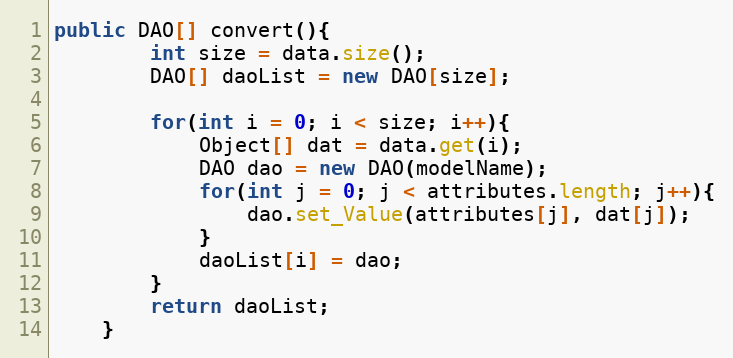
Language: Java
public DAO[] convert(){
		int size = data.size();
		DAO[] daoList = new DAO[size];

		for(int i = 0; i < size; i++){
			Object[] dat = data.get(i);
			DAO dao = new DAO(modelName);
			for(int j = 0; j < attributes.length; j++){
				dao.set_Value(attributes[j], dat[j]);
			}
			daoList[i] = dao;
		}
		return daoList;
	}